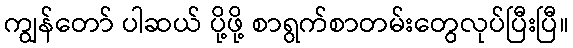
ကျွန်တော် ပါဆယ် ပို့ဖို့ စာရွက်စာတမ်းတွေလုပ်ပြီးပြီ။